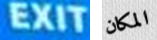
EXIT المكان